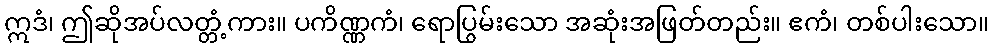
ဣဒံ၊ ဤဆိုအပ်လတ္တံ့ကား။ ပကိဏ္ဏကံ၊ ရောပြွမ်းသော အဆုံးအဖြတ်တည်း။ ဧကံ၊ တစ်ပါးသော။